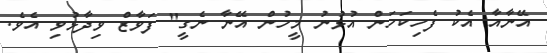
އޭނާއާ އެކު ފެހިކަހަން އުޅުނު މީހުން އޭނާ ނެގީ" ފަވާޒް ވިދާޅުވި އެވެ.